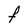
Character: F